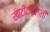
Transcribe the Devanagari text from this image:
खाटीकगल्ली